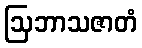
ဩဘာသဇာတံ